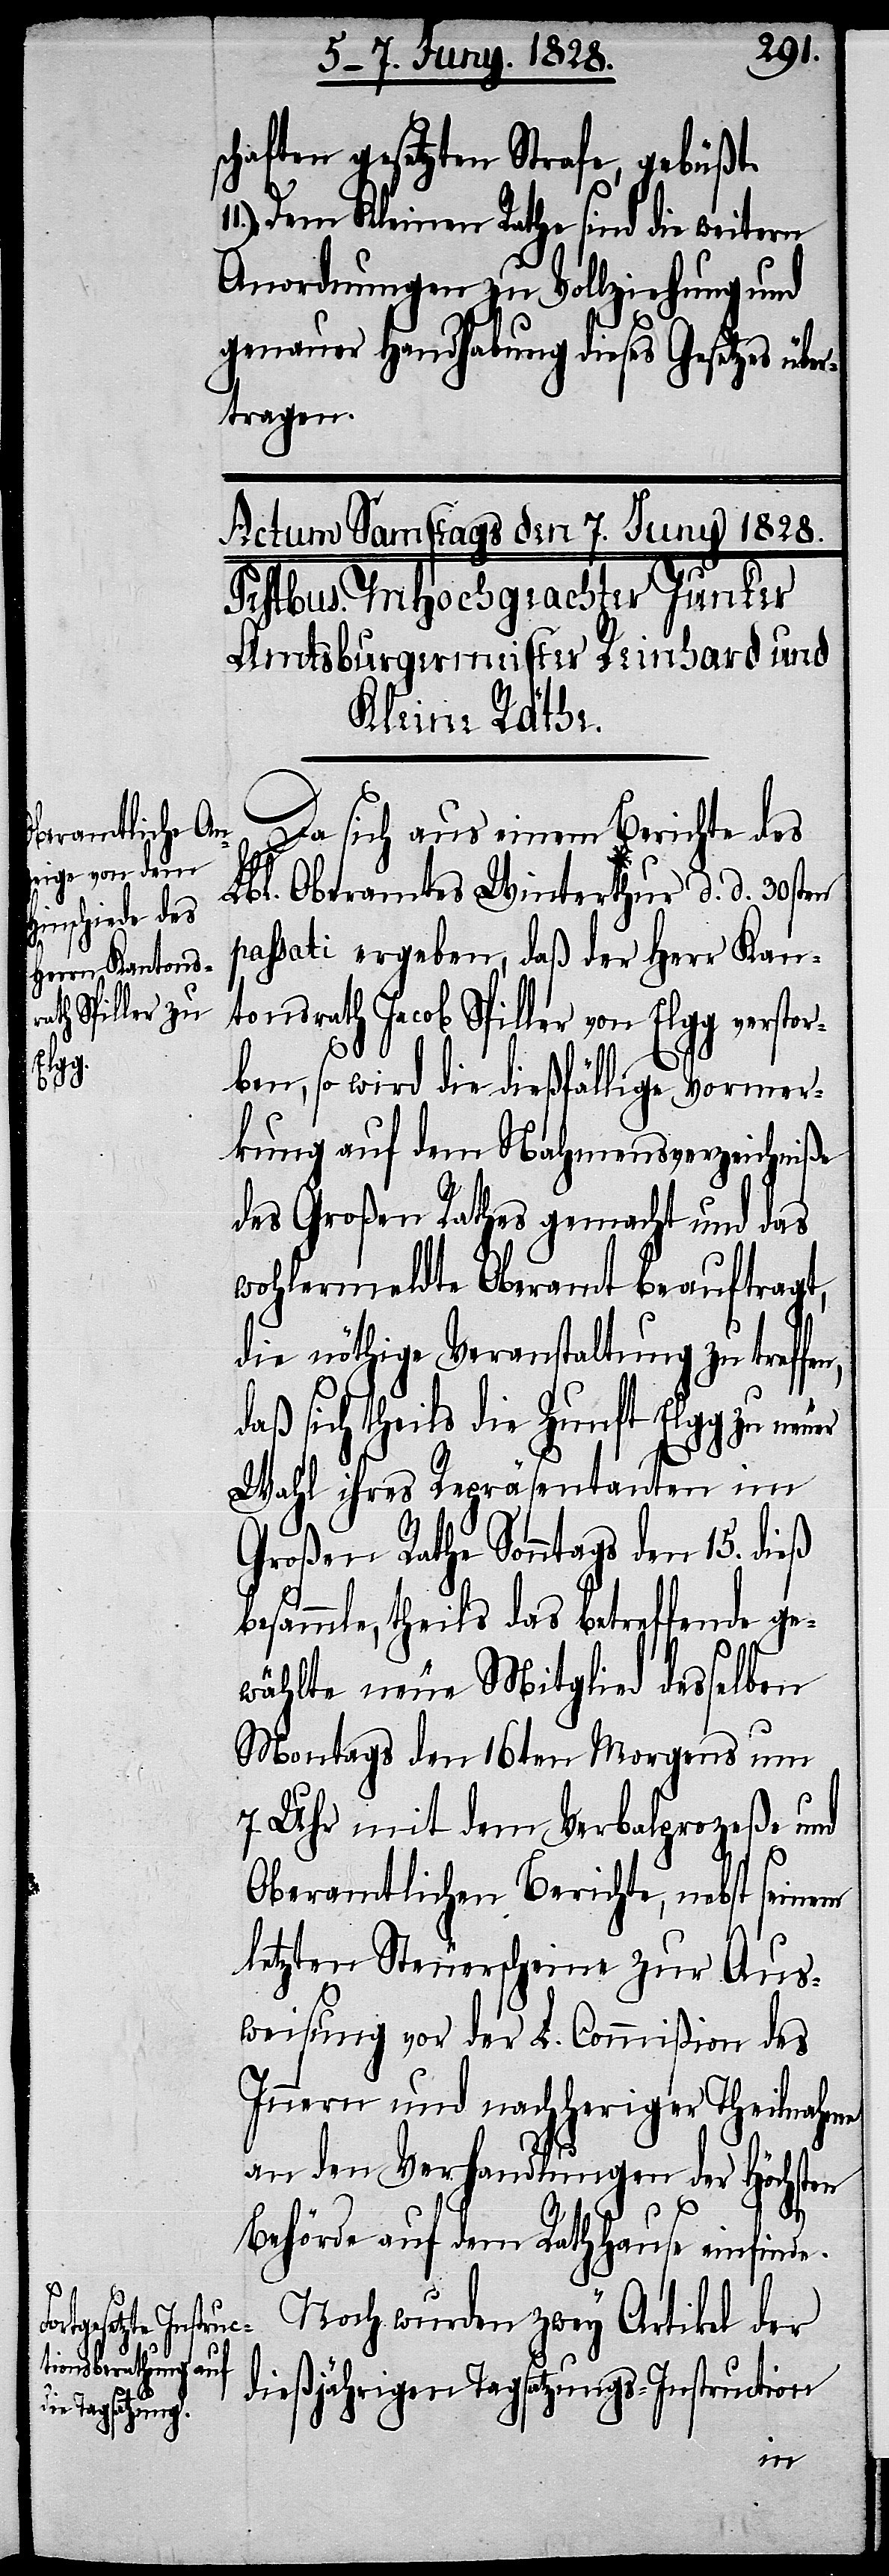
schaften gesetzten Strafe, gebüßt.
Dem Kleinen Rathe sind die weitern
Anordnungen zu Vollziehung und
genauer Handhabung dieses Gesetzes über¬
tragen.
Da sich aus einem Berichte des
Lbl. Oberamtes Winterthur d. d. 30sten
passati ergeben, daß der Herr Kan¬
tonsrath Jacob Spiller von Elgg verstor¬
ben, so wird die dießfällige Vormer¬
kung auf dem Nahmensverzeichniße
des Großen Rathes gemacht und das
wohlermeldte Oberamt beauftragt,
die nöthige Veranstaltung zu treffe¬
daß sich theils die Zunft Elgg zu neu¬
Wahl ihres Repräsentanten im
Großen Rathe Sonntags den 15. dieß
besammle, theils das betreffende ge¬
wählte neue Mitglied desselben
Montags den 16ten Morgens um
7. Uhr mit dem Verbalprozeße und
Oberamtlichen Berichte, nebst seinem
letzten Steuerscheine zur Aus¬
weisung vor der L. Commißion des
Innern und nachheriger Theilnahme
an den Verhandlungen der Höchsten
Behörde auf dem Rathhause einfinde.
Noch wurden zwey Artikel der
dießjährigen Tagsatzungs-Instruction
er